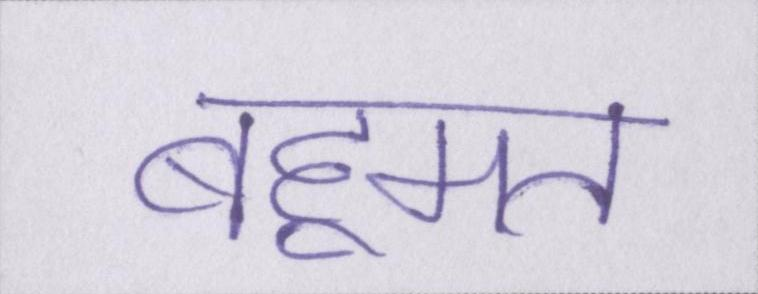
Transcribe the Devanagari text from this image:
बहूमत